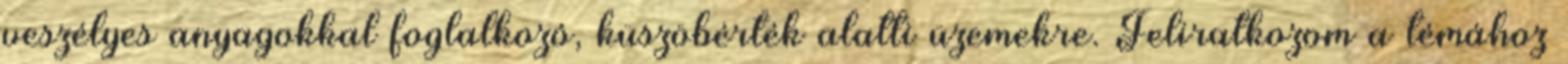
veszélyes anyagokkal foglalkozó, küszöbérték alatti üzemekre. Feliratkozom a témához